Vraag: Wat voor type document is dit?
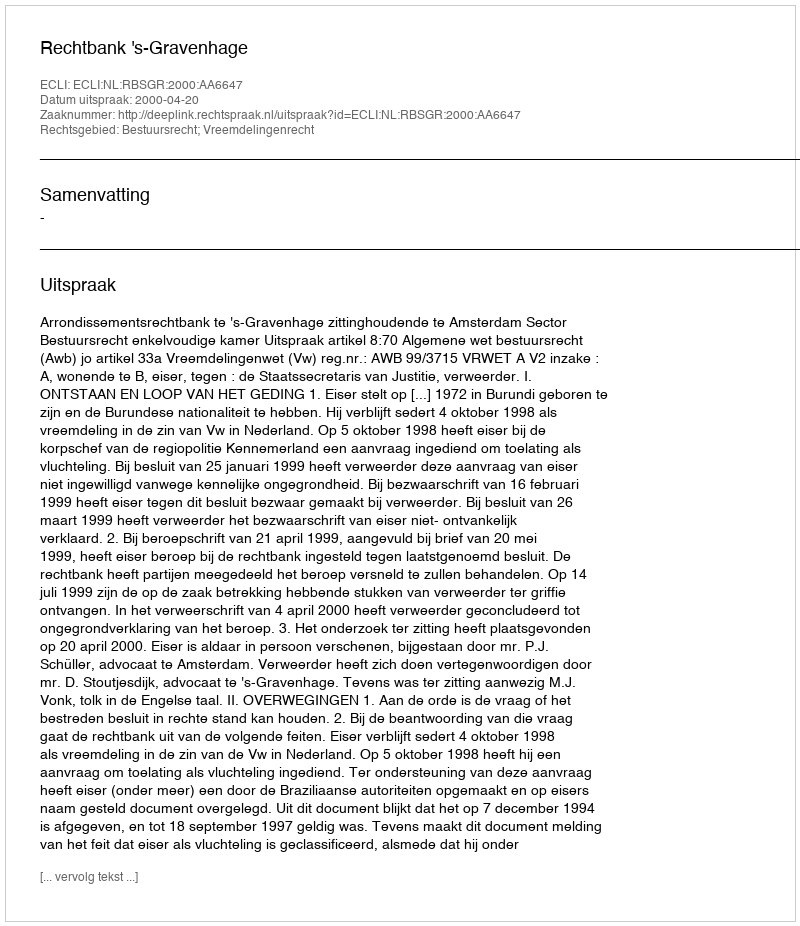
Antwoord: Uitspraak